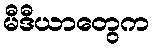
မီဒီယာတွေက